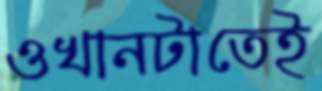
ওখানটাতেই